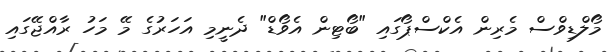
މޯލްޑިވްސް މެރިން އެކްސްޕޯގައި "ބޯޓިން އެވޯޑް" ދެނީމި އަހަރުގެ މޭ މަހު ރާއްޖޭގައި